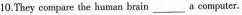
10.They compare the heman brsin ___ a computer.